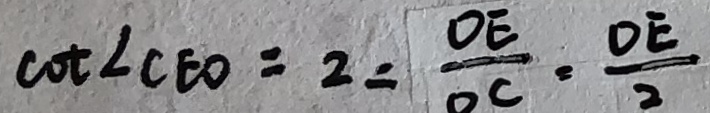
\cot \angle C E O = 2 = \frac { D E } { D C } = \frac { D E } { 2 }